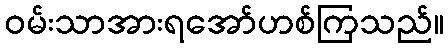
ဝမ်းသာအားရအော်ဟစ်ကြသည်။